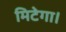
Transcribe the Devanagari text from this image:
मिटेगा।